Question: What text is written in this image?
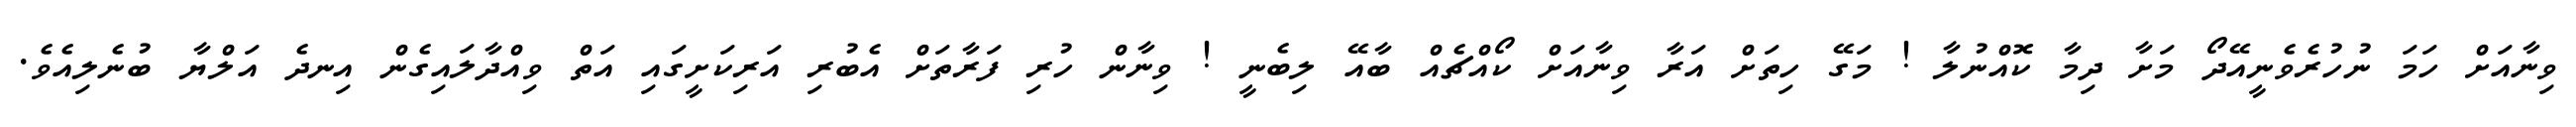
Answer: ވިނާއަށް ހަމަ ނުހުރެވެނީއޭދޯ މަށާ ދިމާ ކޮއްނުލާ ! މަގޭ ހިތަށް އަރާ ވިނާއަށް ކޯއްޗެއް ބާއޭ ލިބެނީ ! ވިނާން ހުރި ފަރާތަށް އެބުރި އަރިކަށީގައި އަތް ވިއްދާލައިގެން އިނދެ އަލްޔާ ބުނެލިއެވެ.